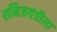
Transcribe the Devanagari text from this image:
शनिजयंतीला